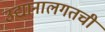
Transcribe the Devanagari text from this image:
उद्यानालगतची